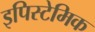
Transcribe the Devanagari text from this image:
इपिस्टेमिक